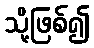
သို့ဖြစ်၍